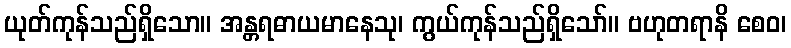
ယုတ်ကုန်သည်ရှိသော။ အန္တရဓာယမာနေသု၊ ကွယ်ကုန်သည်ရှိသော်။ ဗဟုတရာနိ စေဝ၊